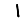
Digit: 1